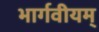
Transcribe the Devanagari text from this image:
भार्गवीयम्